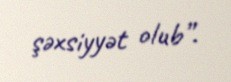
şəxsiyyət olub”.